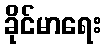
ခိုင်မာရေး